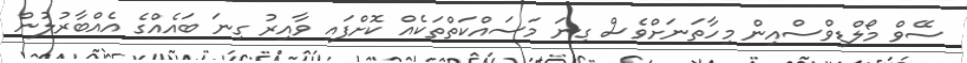
ސޭވް މޯލްޑިވްސްއިން މިހާތަނަށްވެސް ގިނަ މަސައްކަތްތަކެއް ކޮށްފައި ވާއިރު ގިނަ ބައެއްގެ އެއްބާރުލުން